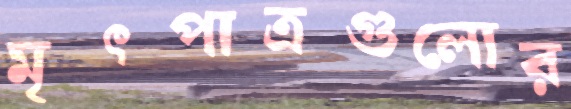
মৃৎপাত্রগুলোর